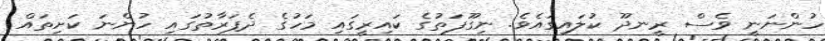
ހުންނަނީ ވެސް ރީނދޫ ކުލައިގައެވެ. ނިގޫފަތުގެ ކައިރީގައި މަހުގެ ދެފަރާތުގައި ހުންނަ ކަށިތައް